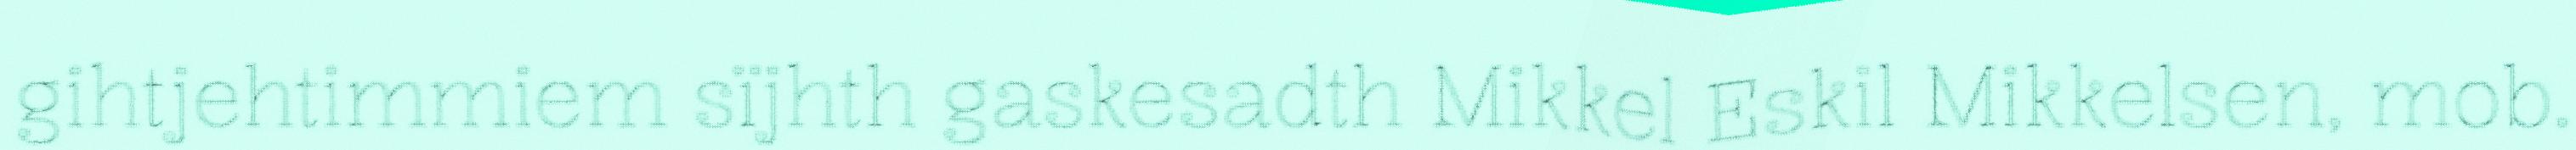
gihtjehtimmiem sïjhth gaskesadth Mikkel Eskil Mikkelsen, mob.